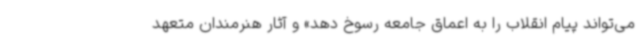
می‌تواند پیام انقلاب را به اعماق جامعه رسوخ دهد» و آثار هنرمندان متعهد